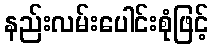
နည်းလမ်းပေါင်းစုံဖြင့်